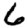
Digit: 6